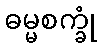
ဓမ္မစက္ခုံ